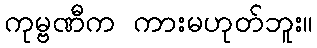
ကုမ္ဗဏီက ကားမဟုတ်ဘူး။